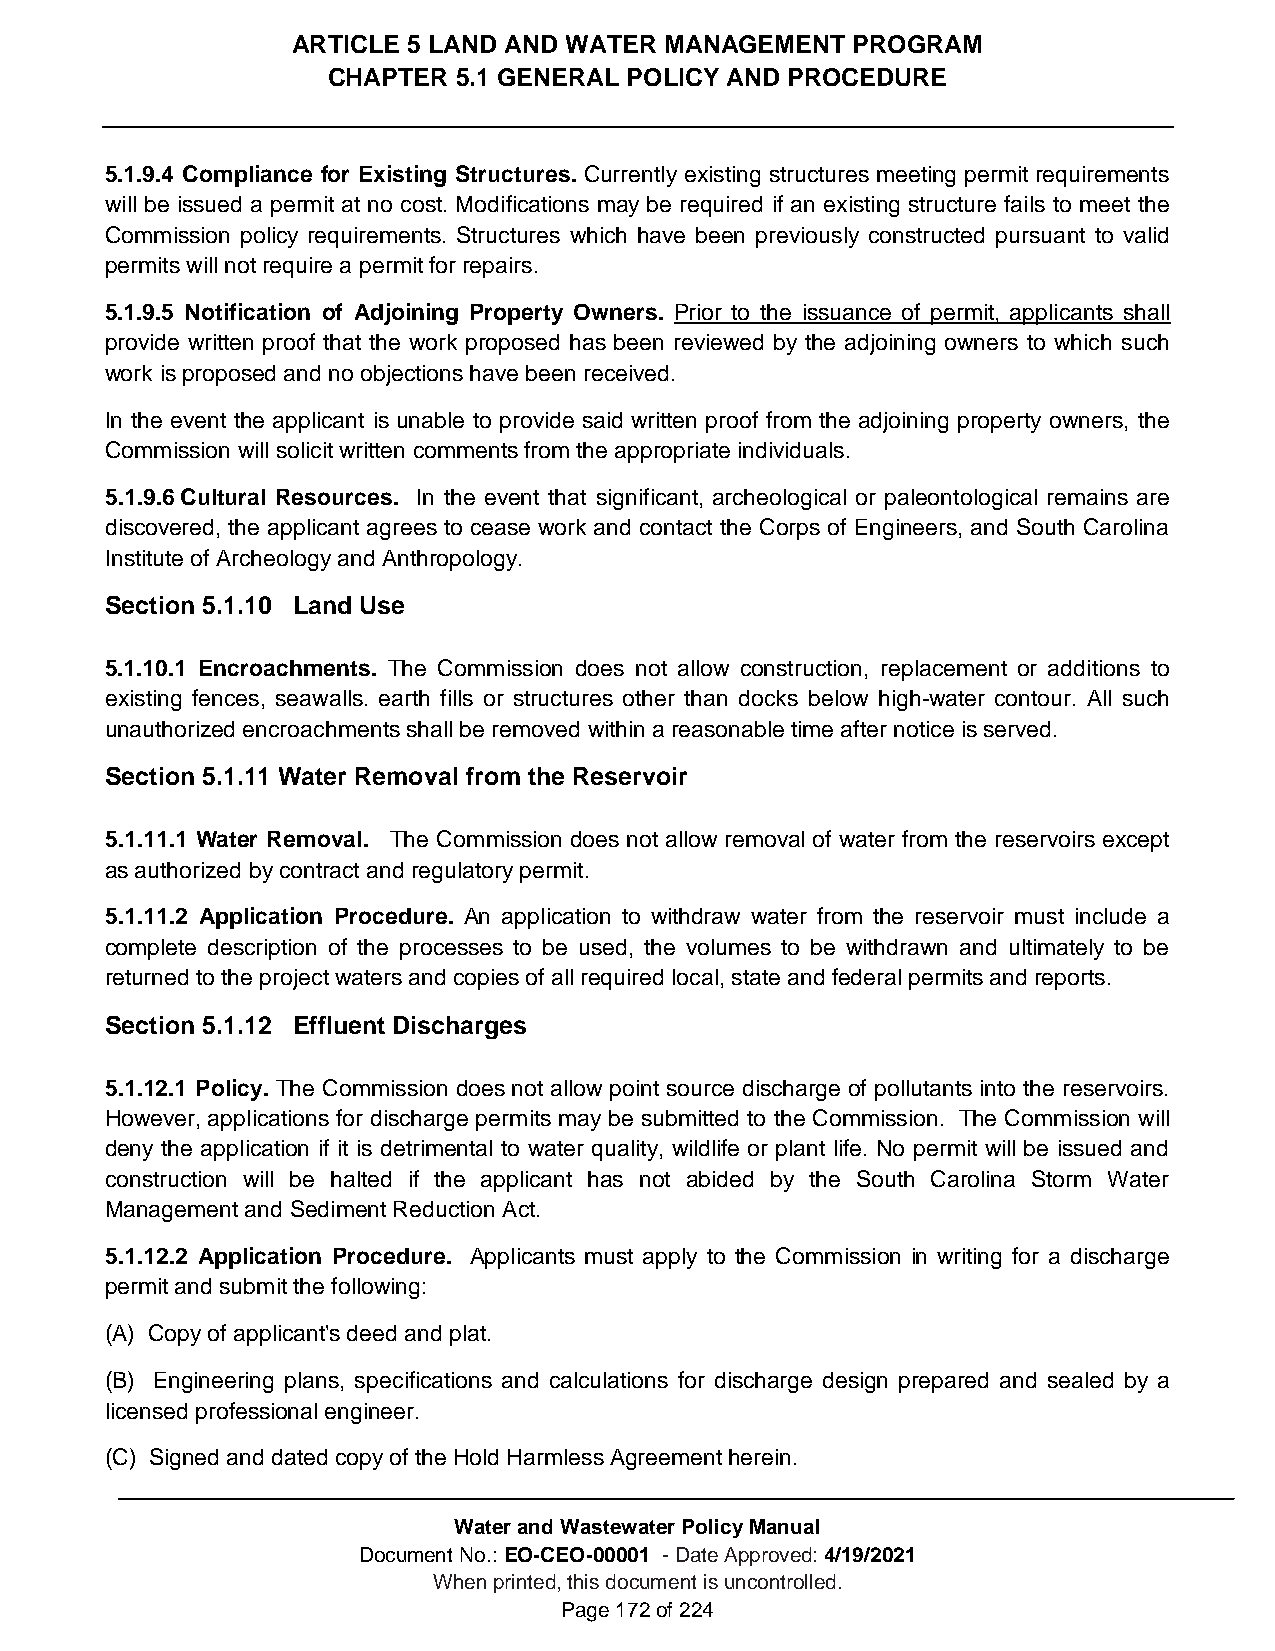
ARTICLE 5 LAND AND WATER MANAGEMENT  PROGRAM
 CHAPTER 5.1 GENERAL POLICY AND PROCEDURE
 5.1.9.4 Compliance for Existing Structures. Currently existing structures meeting permit requirements
 will be issued a permit at no cost. Modifications may be required if an existing structure fails to meet the
 Commission policy requirements. Structures which have been previously constructed pursuant to valid
 permits will not require a permit for repairs.
 5.1.9.5 Notification of Adjoining Property Owners. Prior to the issuance of permit, applicants shall
 provide written proof that the work proposed has been reviewed by the adjoining owners to which such
 work is proposed and no objections have been received.
 In the event the applicant is unable to provide said written proof from the adjoining property owners, the
 Commission will solicit written comments from the appropriate individuals.
 5.1.9.6 Cultural Resources. In the event that significant, archeological or paleontological remains are
 discovered, the applicant agrees to cease work and contact the Corps of Engineers, and South Carolina
 Institute of Archeology and Anthropology.
 Section 5.1.10 Land Use
 5.1.10.1 Encroachments. The Commission does not allow construction, replacement or additions to
 existing fences, seawalls. earth fills or structures other than docks below high-water contour. All such
 unauthorized encroachments shall be removed within a reasonable time after notice is served.
 Section 5.1.11 Water Removal from the Reservoir
 5.1.11.1 Water Removal. The Commission does not allow removal of water from the reservoirs except
 as authorized by contract and regulatory permit.
 5.1.11.2 Application Procedure. An application to withdraw water from the reservoir must include a
 complete description of the processes to be used, the volumes to be withdrawn and ultimately to be
 returned to the project waters and copies of all required local, state and federal permits and reports.
 Section 5.1.12 Effluent Discharges
 5.1.12.1 Policy. The Commission does not allow point source discharge of pollutants into the reservoirs.
 However, applications for discharge permits may be submitted to the Commission. The Commission will
 deny the application if it is detrimental to water quality, wildlife or plant life. No permit will be issued and
 construction will be halted if the applicant has not abided by the South Carolina Storm Water
 Management and Sediment Reduction Act.
 5.1.12.2 Application Procedure. Applicants must apply to the Commission in writing for a discharge
 permit and submit the following:
 (A) Copy of applicant's deed and plat.
 (B) Engineering plans, specifications and calculations for discharge design prepared and sealed by a
 licensed professional engineer.
 (C) Signed and dated copy of the Hold Harmless Agreement herein.
 Water and Wastewater Policy Manual
 Document No.: EO-CEO-00001 - Date Approved: 4/19/2021
 When printed, this document is uncontrolled.
 Page 172 of 224